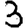
Digit: 3